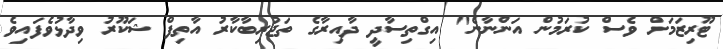
ޓޫރިޒަމަށް ވެސް ކުރަމުން އަންނާނެ" އިގްތިސާދީ ދާއިރާގެ ތަޖުރިބާކާރު އާތިފް ޝަކޫރު ވިދާޅުވެފައިވެ